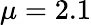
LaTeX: \mu=2.1